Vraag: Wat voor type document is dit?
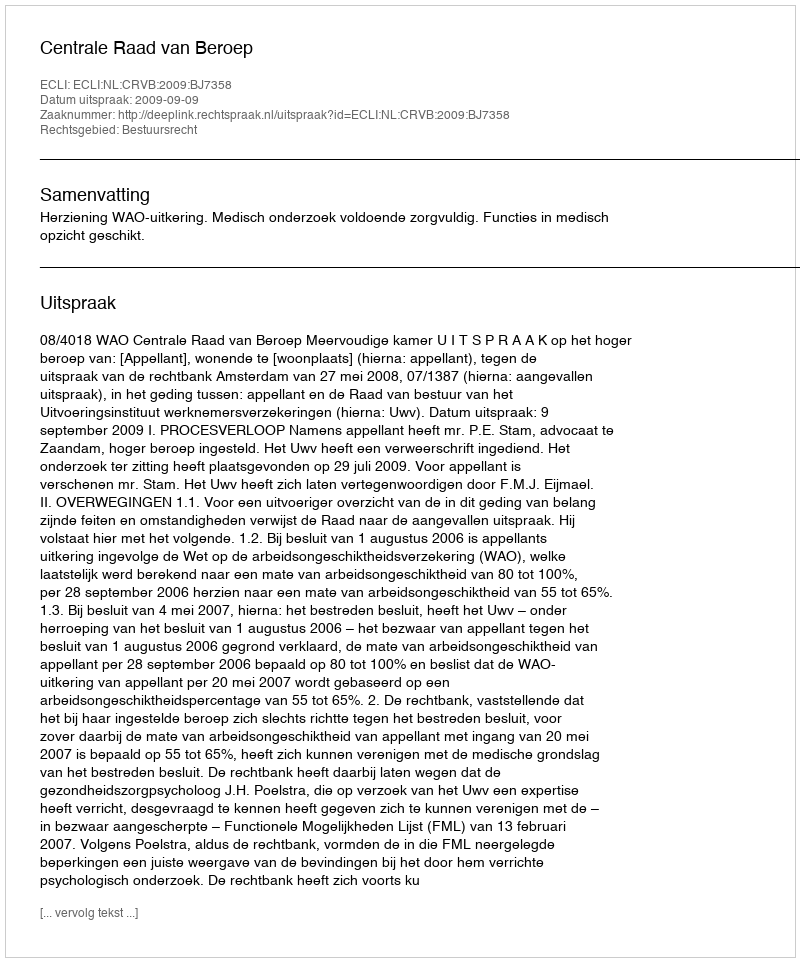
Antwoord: Uitspraak